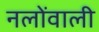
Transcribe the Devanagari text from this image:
नलोंवाली